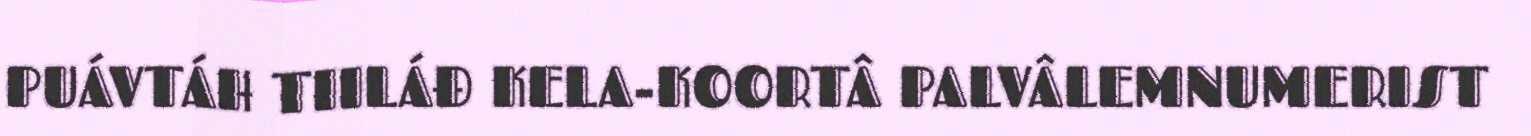
PUÁVTÁH TIILÁĐ KELA-KOORTÂ PALVÂLEMNUMERIST